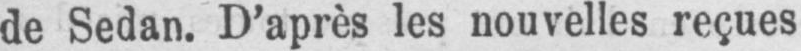
de Sedan. D’après les nouvelles reçues